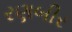
રણબીર